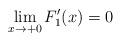
LaTeX: \begin{align*}\displaystyle \lim_{x\rightarrow +0} F_{1}'(x)= 0\end{align*}